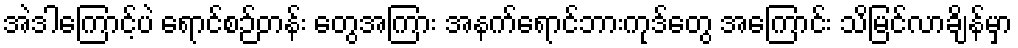
အဲဒါကြောင့်ပဲ ရောင်စဉ်တန်း တွေအကြား အနက်ရောင်ဘားကုဒ်တွေ အကြောင်း သိမြင်လာချိန်မှာ